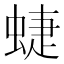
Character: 蜨